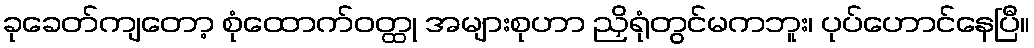
ခုခေတ်ကျတော့ စုံထောက်ဝတ္ထု အများစုဟာ ညှိရုံတွင်မကဘူး၊ ပုပ်ဟောင်နေပြီ။